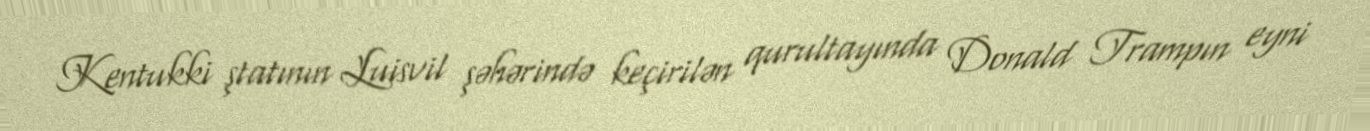
Kentukki ştatının Luisvil şəhərində keçirilən qurultayında Donald Trampın eyni